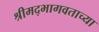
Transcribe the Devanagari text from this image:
श्रीमद्‍भागवताच्या